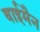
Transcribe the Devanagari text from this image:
वाईमैन